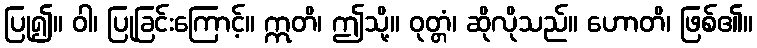
ပြု၍။ ဝါ၊ ပြုခြင်းကြောင့်။ ဣတိ၊ ဤသို့။ ဝုတ္တံ၊ ဆိုလိုသည်။ ဟောတိ၊ ဖြစ်၏။